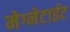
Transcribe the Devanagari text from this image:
मेग्नेटाईट